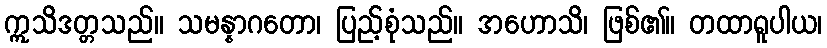
ဣသိဒတ္တသည်။ သမန္နာဂတော၊ ပြည့်စုံသည်။ အဟောသိ၊ ဖြစ်၏။ တထာရူပါယ၊